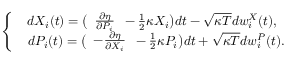
\begin{array} { r } { \left\{ \begin{array} { c } { d X _ { i } ( t ) = \big ( \begin{array} { c } { \frac { \partial \eta } { \partial P _ { i } } } \end{array} - \frac { 1 } { 2 } \kappa X _ { i } \big ) d t - \sqrt { \kappa T } d w _ { i } ^ { X } ( t ) , } \\ { \ \ d P _ { i } ( t ) = \big ( \begin{array} { c } { - \frac { \partial \eta } { \partial X _ { i } } } \end{array} - \frac { 1 } { 2 } \kappa P _ { i } \big ) d t + \sqrt { \kappa T } d w _ { i } ^ { P } ( t ) . } \end{array} \right. } \end{array}